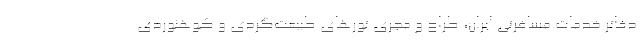
دفاتر خدمات مسافرتی ایران، طراح و مجری تورهای طبیعت‌گردی و کوهنوردی